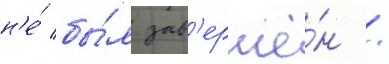
н'е́ бы́л зав'ершё́н /